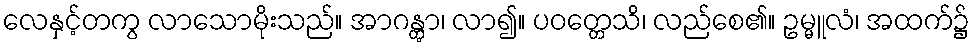
လေနှင့်တကွ လာသောမိုးသည်။ အာဂန္တွာ၊ လာ၍။ ပဝတ္တေသိ၊ လည်စေ၏။ ဥမ္မူလံ၊ အထက်၌